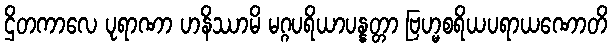
ဌိတကာလေ ပုရာဏာ ဟနိဿာမိ မဂ္ဂပရိယာပန္နတ္တာ ဗြဟ္မစရိယပရာယဏောတိ